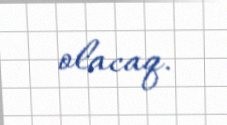
olacaq.